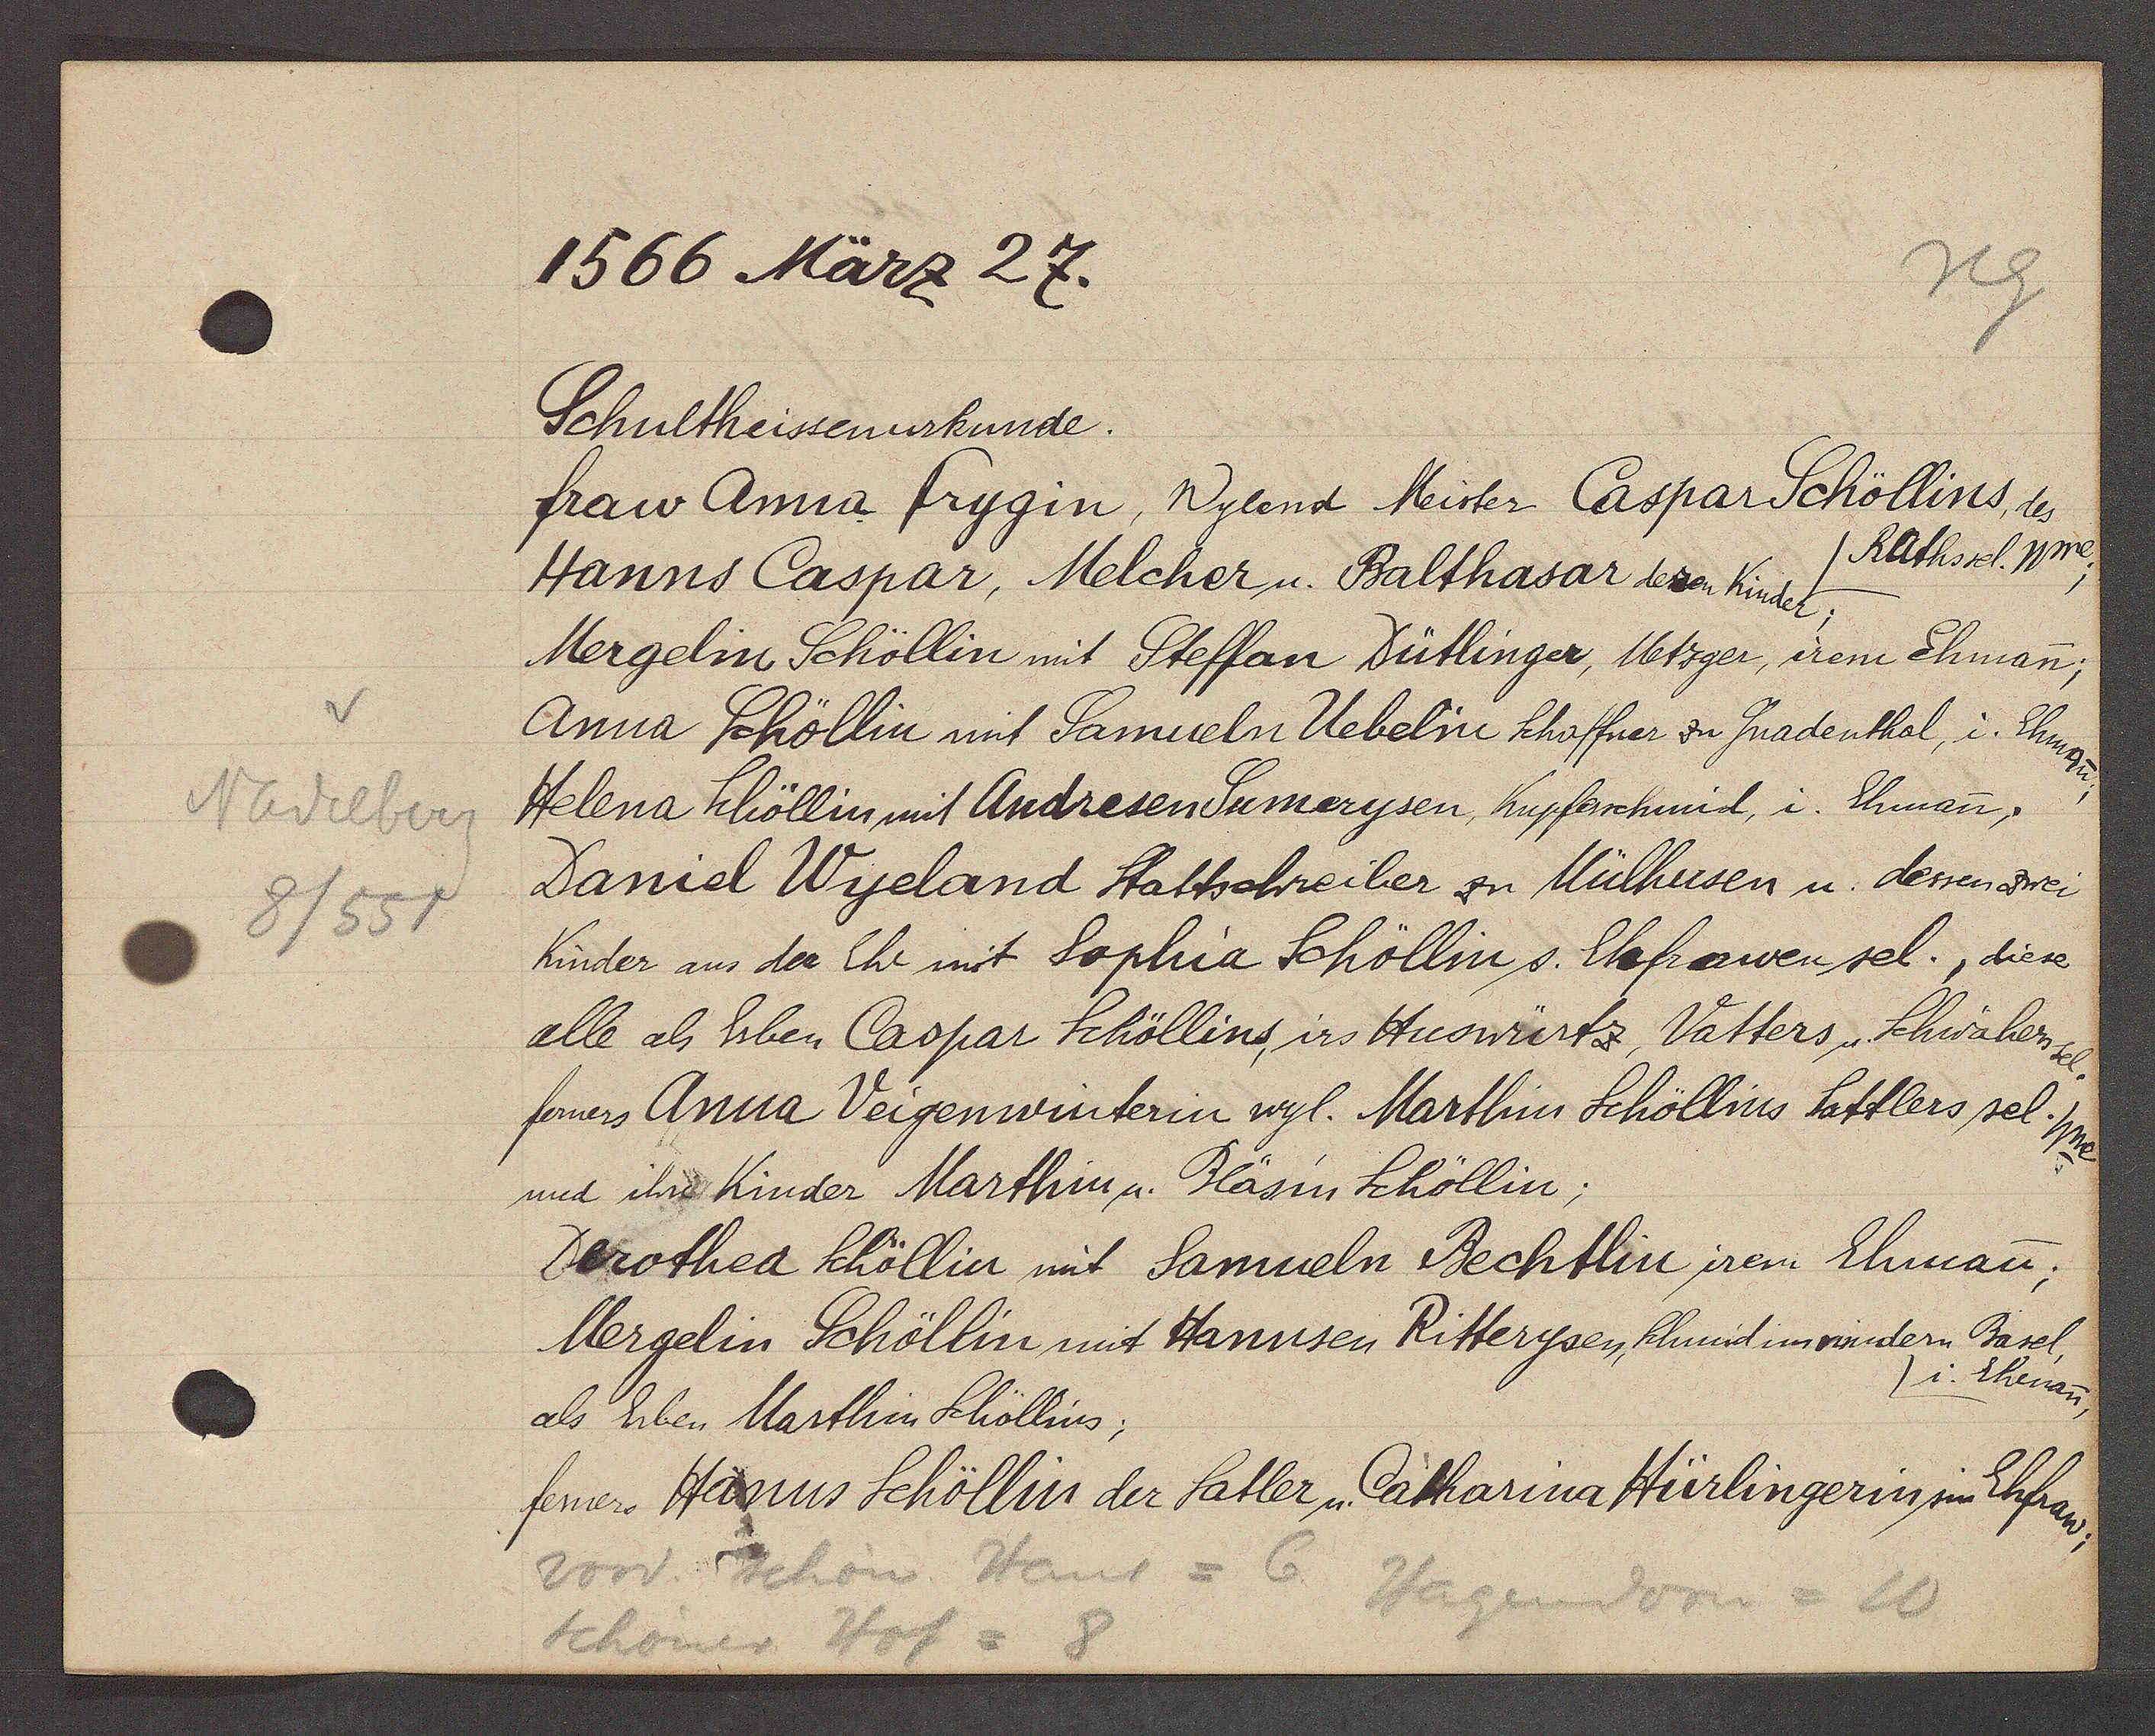
Transcript:
Nadelberg
8/551

1566 März 27.

Schultheissenurkunde.
fraw Anna frygin, Wylend Meister Caspar Schöllins, des
Rathssel. Wwe;
Hanns Caspar, Melcher u. Balthasar deren Kinder;
Mergelin Schöllin mit Steffan Dütlinger, Metzger, irem Ehman;
Anna Schöllin mit Samueln Uebeline khoffner zu Gnadenthal, i. Ehman,
Helena Schöllin mit Andresen Sumerysen, Kupferschmid, i. Ehman,
Daniel Wyeland Stattschreiber an Mülhusen u. dessen zwei
Kinder ans der Ehe mit Sophia Schöllin s. Ehefrawen sel., diese
alle als Erben Caspar Schöllins, irs Huswürtz, Vatters u. Schwähers sel.
ferners Anna Veigenwinterin wyl. Marthin Schöllins Sattlers sel. Wwe.
und ihre Kinder Marthin u. Bläsin Schöllin,
Dorothea Schöllin mit Samueln Bechtlin irem Ehman;
Mergelin Schöllin mit Hannsen Ritterysen Schmid im mindern Basel,
i. Eheman,
als Erben Marthin Schöllins;
ferners Hanns Schöllin der fatler u. Catharina Hürlingerin sin Ehfraw;

vord. schön. Haus
6
Hagendorn
10
Schöner Hof = 8